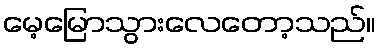
မေ့မြောသွားလေတော့သည်။